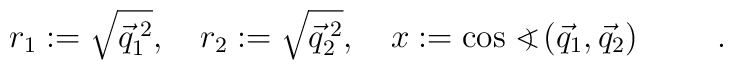
r_1 := \sqrt{\vec{q}_1^{\;2}}, \hspace{1em} r_2 := \sqrt{\vec{q}_2^{\;2}}, \hspace{1em} x := \cos <\hspace{-0.75em}\mbox{\raisebox{0.2ex}{\scriptsize )}}\;(\vec{q}_1, \vec{q}_2) \hspace{1cm}.